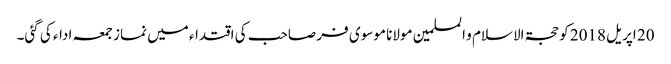
20 اپریل 2018 کو حجۃ الاسلام و المسلمین مولانا موسوی فر صاحب کی اقتداء میں نماز جمعہ ادا‏ء کی گئی۔